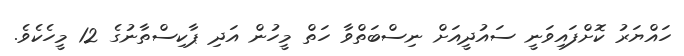
ހައްޔަރު ކޮށްފައިވަނީ ސައުދީއަށް ނިސްބަތްވާ ހަތް މީހުން އަދި ޕާކިސްތާނުގެ 12 މީހެކެވެ.